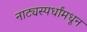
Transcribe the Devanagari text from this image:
नाट्यस्पर्धांमधून